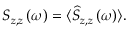
S _ { z , z } \left( \omega \right) = \langle \widehat { S } _ { z , z } \left( \omega \right) \rangle .